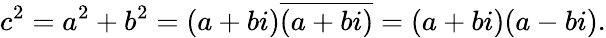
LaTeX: c^{2}=a^{2}+b^{2}=(a+bi){\overline{{(a+bi)}}}=(a+bi)(a-bi).